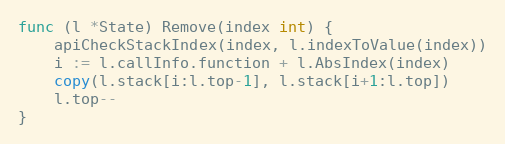
Language: Go
func (l *State) Remove(index int) {
	apiCheckStackIndex(index, l.indexToValue(index))
	i := l.callInfo.function + l.AbsIndex(index)
	copy(l.stack[i:l.top-1], l.stack[i+1:l.top])
	l.top--
}